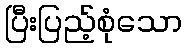
ပြီးပြည့်စုံသော